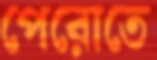
পেরোতে